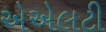
એએલટી